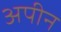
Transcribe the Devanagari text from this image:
अपीन